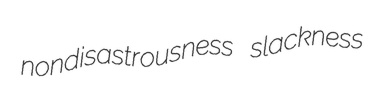
nondisastrousness slackness